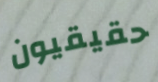
حقيقيون